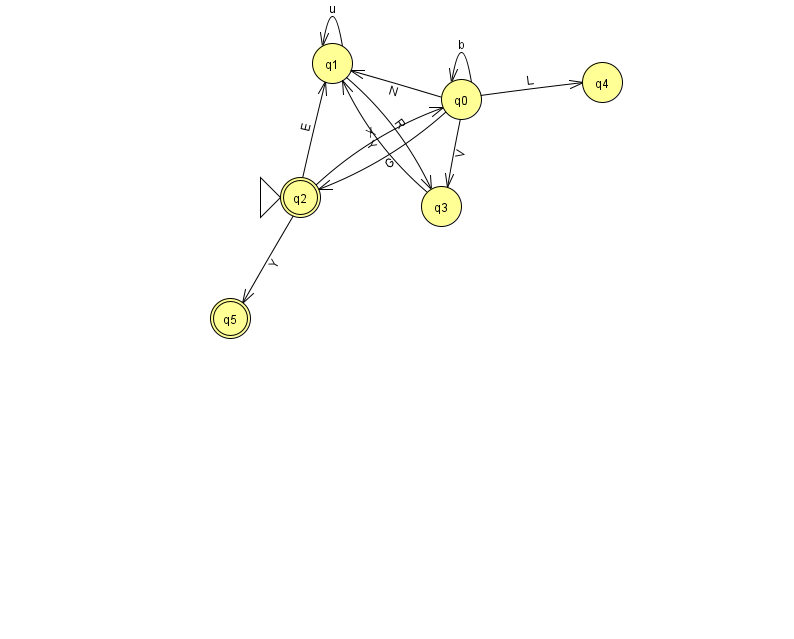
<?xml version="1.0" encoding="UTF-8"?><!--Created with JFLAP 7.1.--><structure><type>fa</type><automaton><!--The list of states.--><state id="0" name="q0"><x>461.0</x><y>86.0</y></state><state id="1" name="q1"><x>332.0</x><y>50.0</y></state><state id="2" name="q2"><x>300.0</x><y>184.0</y><initial/><final/></state><state id="3" name="q3"><x>441.0</x><y>193.0</y></state><state id="4" name="q4"><x>602.0</x><y>69.0</y></state><state id="5" name="q5"><x>230.0</x><y>305.0</y><final/></state><!--The list of transitions.--><transition><from>0</from><to>0</to><read>b</read></transition><transition><from>0</from><to>1</to><read>N</read></transition><transition><from>2</from><to>0</to><read>X</read></transition><transition><from>0</from><to>4</to><read>L</read></transition><transition><from>1</from><to>1</to><read>u</read></transition><transition><from>2</from><to>1</to><read>E</read></transition><transition><from>3</from><to>1</to><read>Y</read></transition><transition><from>0</from><to>3</to><read>V</read></transition><transition><from>2</from><to>5</to><read>Y</read></transition><transition><from>0</from><to>2</to><read>G</read></transition><transition><from>1</from><to>3</to><read>R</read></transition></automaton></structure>